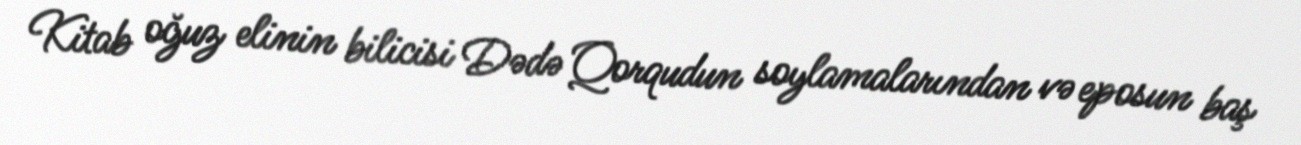
Kitab oğuz elinin bilicisi Dədə Qorqudun soylamalarından və eposun baş